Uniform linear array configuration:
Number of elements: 24
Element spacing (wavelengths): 0.5
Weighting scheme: kaiser
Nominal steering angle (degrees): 60
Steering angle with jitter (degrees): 60.317
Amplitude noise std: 0.05
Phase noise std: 0.05

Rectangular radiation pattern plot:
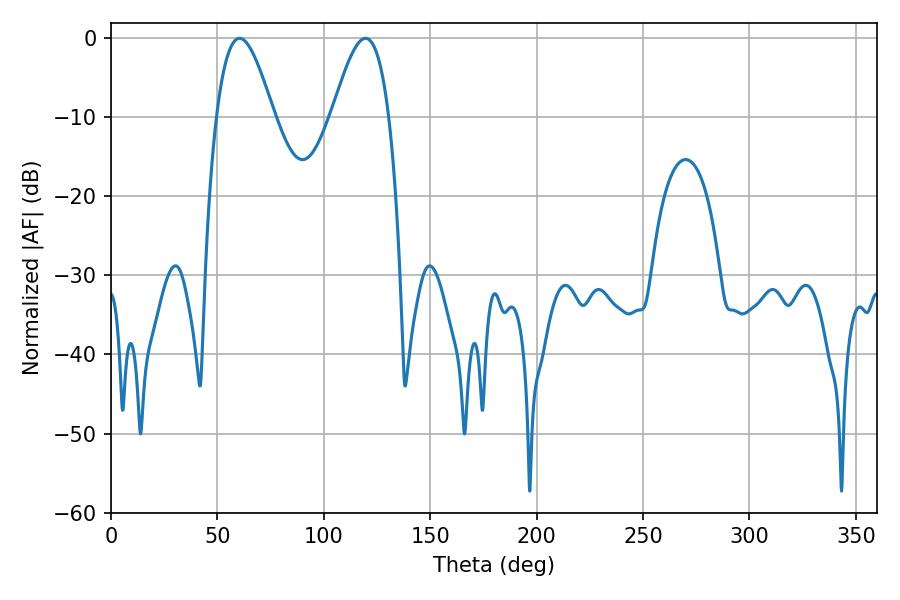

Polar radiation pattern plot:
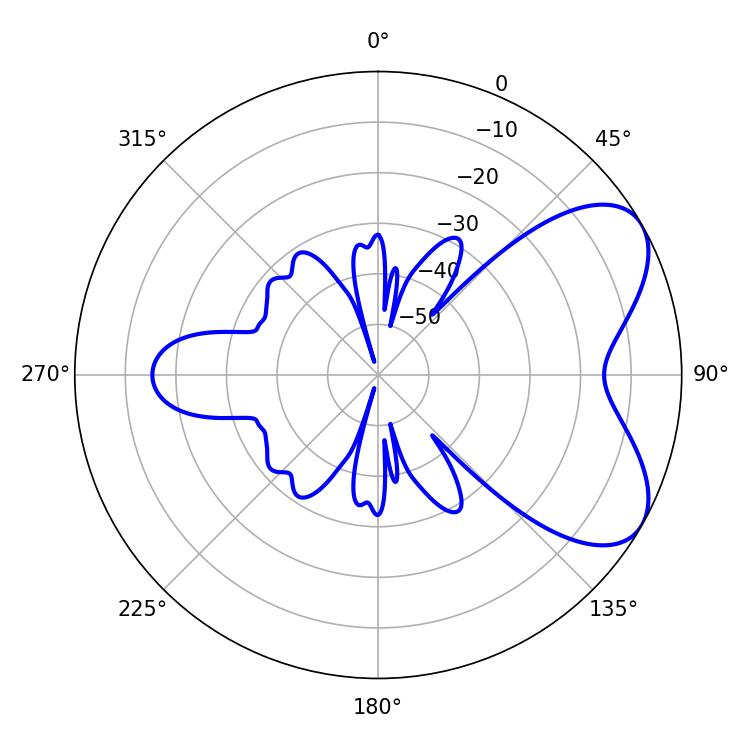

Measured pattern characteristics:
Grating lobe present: FALSE
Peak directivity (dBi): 6.133
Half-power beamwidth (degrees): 14.4
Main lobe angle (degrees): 60.48